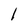
Character: 1